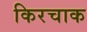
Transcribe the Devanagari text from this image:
किरचाक